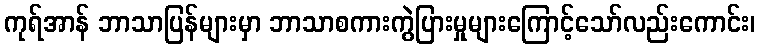
ကုရ်အာန် ဘာသာပြန်များမှာ ဘာသာစကားကွဲပြားမှုများကြောင့်သော်လည်းကောင်း၊